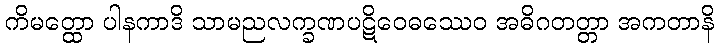
ကိမတ္ထော ပါနကာဒိ သာမညလက္ခဏပဋိဝေဓဿေဝ အဓိဂတတ္တာ အကတာနိ